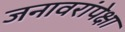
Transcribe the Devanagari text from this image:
जनावरांपेक्षा